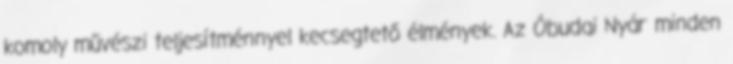
komoly művészi teljesítménnyel kecsegtető élmények. Az Óbudai Nyár minden